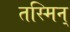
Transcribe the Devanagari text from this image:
तस्मिन्‌